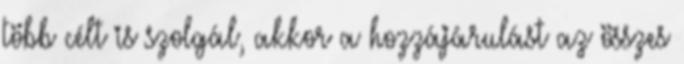
több célt is szolgál, akkor a hozzájárulást az összes